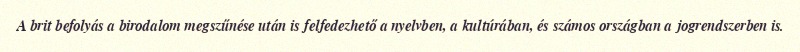
A brit befolyás a birodalom megszűnése után is felfedezhető a nyelvben, a kultúrában, és számos országban a jogrendszerben is.